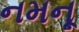
નમનૂ